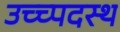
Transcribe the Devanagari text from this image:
उच्च्पदस्थ